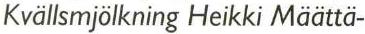
Kvällsmjölkning Heikki Määttä-